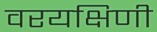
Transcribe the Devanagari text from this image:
वरयक्षिणी